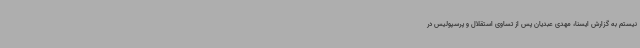
نیستم به گزارش ایسنا، مهدی عبدیان پس از تساوی استقلال و پرسپولیس در